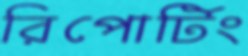
রিপোর্টিং